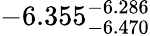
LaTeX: -6.355_{-6.470}^{-6.286}